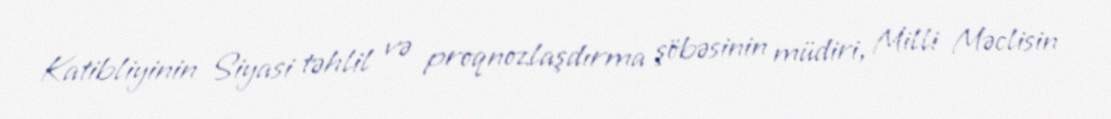
Katibliyinin Siyasi təhlil və proqnozlaşdırma şöbəsinin müdiri, Milli Məclisin